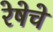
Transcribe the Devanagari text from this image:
रेषेचे